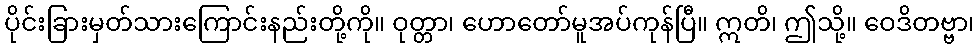
ပိုင်းခြားမှတ်သားကြောင်းနည်းတို့ကို။ ဝုတ္တာ၊ ဟောတော်မူအပ်ကုန်ပြီ။ ဣတိ၊ ဤသို့။ ဝေဒိတဗ္ဗာ၊